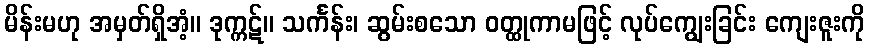
မိန်းမဟု အမှတ်ရှိအံ့။ ဒုက္ကဋ်။ သင်္ကန်း၊ ဆွမ်းစသော ဝတ္ထုကာမဖြင့် လုပ်ကျွေးခြင်း ကျေးဇူးကို